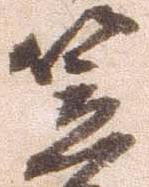
笠